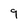
Character: 9